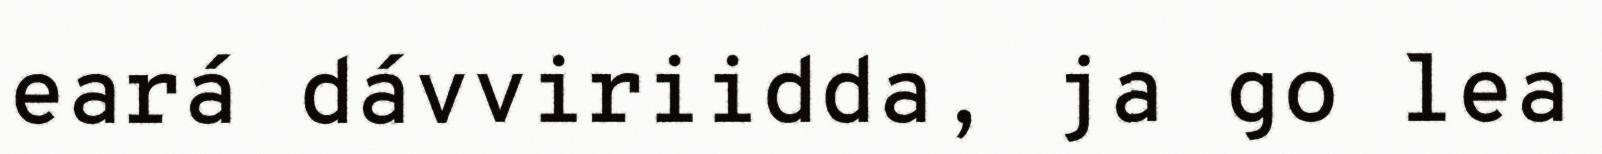
eará dávviriidda, ja go lea